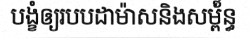
បង្ខំឲ្យរបបដាម៉ាសនិងសម្ព័៍ន្ធ